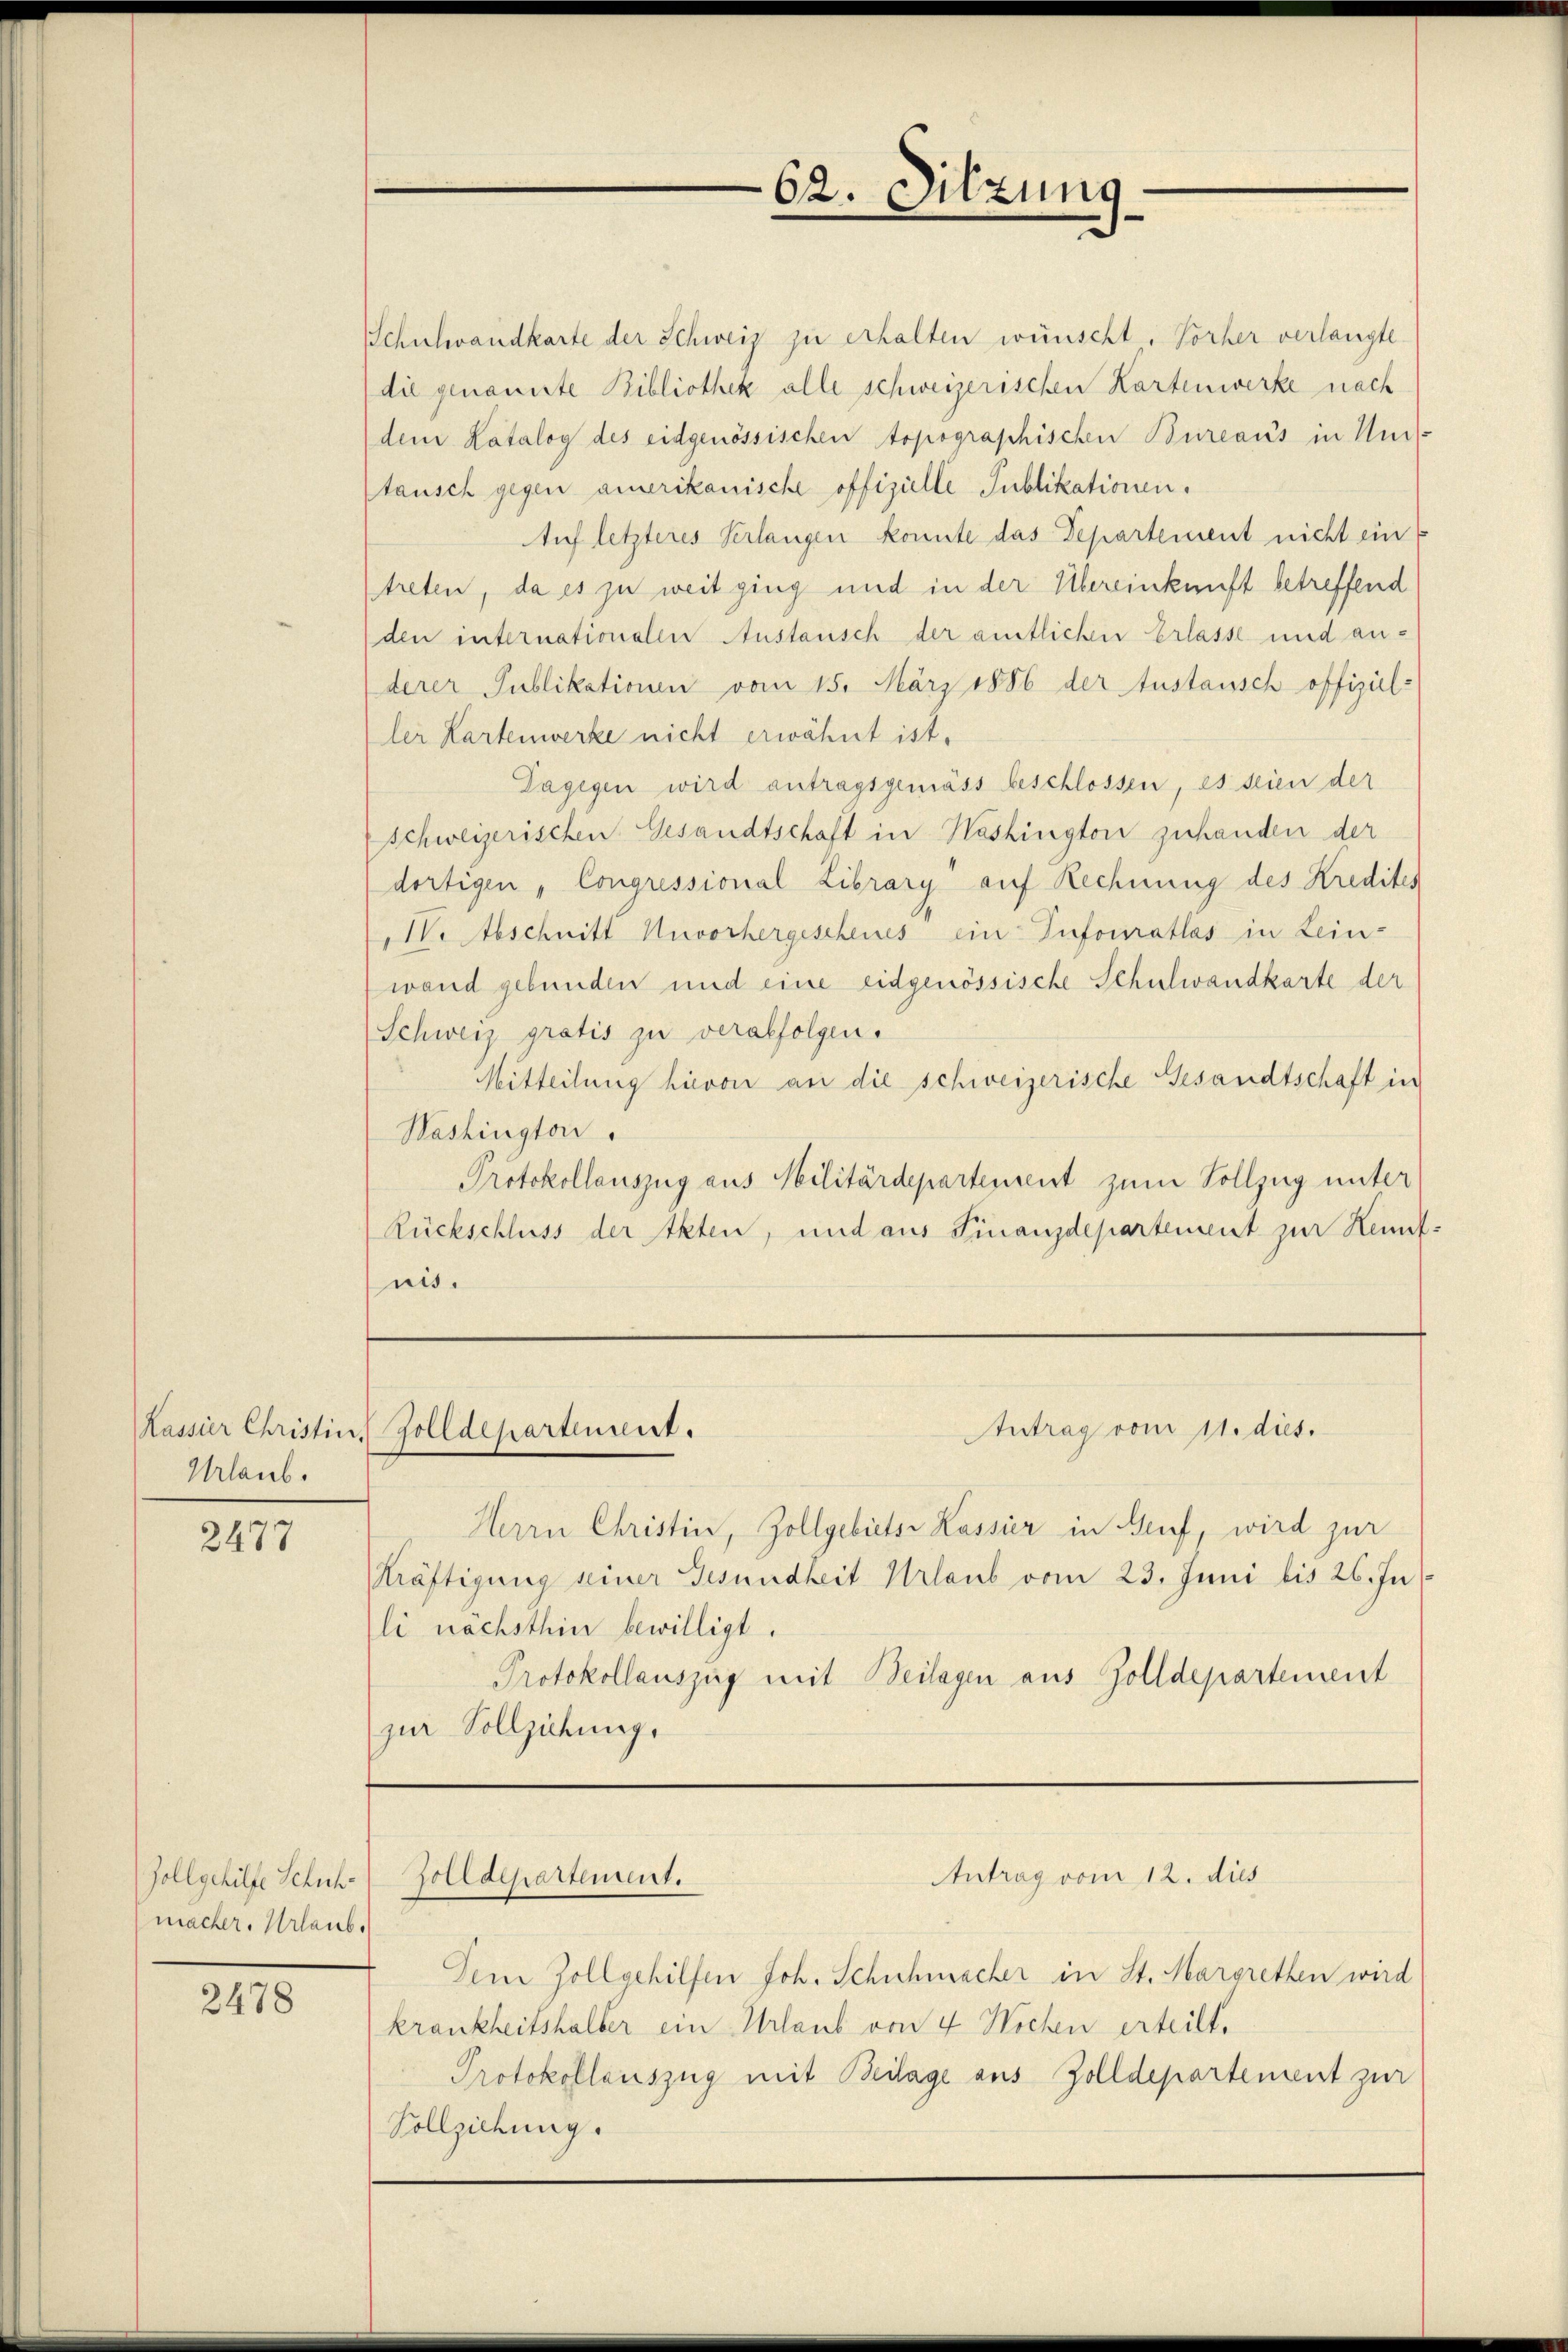
Urlaub.

2477

Schulwandkarte der Schweiz zu erhalten wünscht. Vorher verlangte
die genannte Bibliothek alle schweizerischen Kartenwerke nach
dem Katalog des eidgenössischen topographischen Bureaus in Uni-
tausch gegen amerikanische offizielle Publikationen.
Auf letzteres Verlangen konnte das Departement nicht ein
treten, da es zu weit ging und in der Übereinkunft betreffend
den internationalen Anstanisch der amtlichen Erlasse und anderer Publikationen vom 15. März 1886 der tustausch offizieller Kartenwerke nicht erwähnt ist.
Dagegen wird antragsgemäss beschlossen, es seien der
Schweizerischen Gesandtschaft in Nashington zuhanden der
dortigen, Congressional Library auf Rechnung des Kredites
M. Abschnitt Unvorhergescheines ein Infouratlos in Lein-
wand gebunden und eine eidgenössische Schulwandkarte der
Schweiz gratis zu verabfolgen.
Mitteilung hievon an die schweizerische Gesandtschaft in
Washington
Protokollauszug aus Militärdepartement zum Vollzug unter
Rückschluss der Akten, und aus Finanzdepartement zur Kennt:
nis.

Zollgehilfe Schuh-
macher, Urlaub.

2478

Herrn Christin, Zollgebiets Kassir in Gruf, wird zur
Kräftigung seiner Gesundheit Urlaub vom 23. Juni bis 26. Jus
li nachsthin bewilligt.
Protokollauszug mit Beilagen aus Zolldepartement
zur Vollziehung.

Kassier Christin Zolldepartement.

zolldepartement.

Dem Zollgehilfen Joh. Schuhmacher in St. Margretten wird
krankheitshalter ein Urlaub von 4 Wochen erteilt.
Protokollauszug mit Beilage aus Zolldepartement zur
Vollziehung.

62. Sitzung

Antrag vom 11. dies.

Antrag vom 12. dies